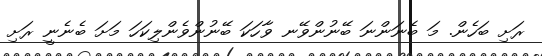
ރަށި ބަހެން. މަ ބެނަންނަ ބޭނުންވޭނ ވާހަކަ ބޭނުންވެންލިކަހަ މަށަ ބެނެނީ ރަށި